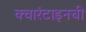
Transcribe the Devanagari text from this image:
क्वारंटाइनची